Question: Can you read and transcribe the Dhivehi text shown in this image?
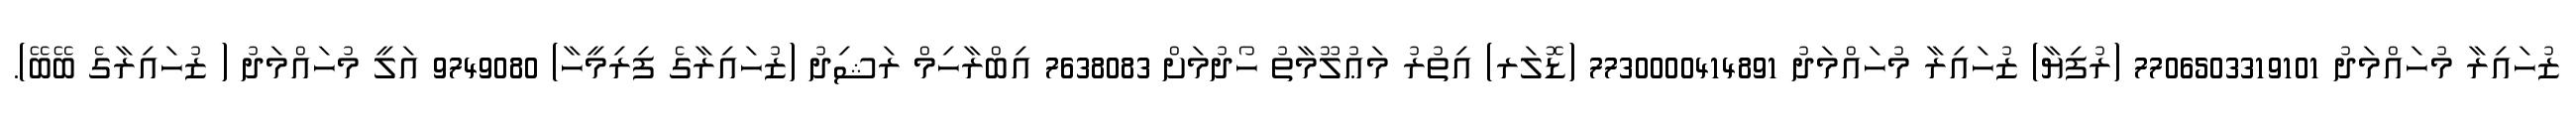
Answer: ޒުހައިރާ މުހައްމަދު 7706503319101 (ރުފިޔާ) ޒުހައިރާ މުހައްމަދު 7730000414891 (ޑޮލަރ) އިތުރު މަޢުލޫމާތު ހޯދުމަށް 7638083 އިބްރާހިމް ރަޝިދު (ޒުހައިރާގެ ފިރިމީހާ) 9749080 އަލީ މުހައްމަދު ( ޒުހައިރާގެ ބޭބޭ).